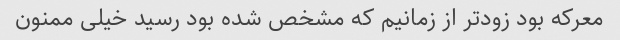
معرکه بود زودتر از زمانیم که مشخص شده بود رسید خیلی ممنون